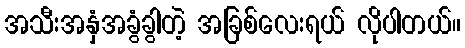
အသီးအနှံအခွံခွါတဲ့ အခြစ်လေးရယ် လိုပါတယ်။